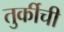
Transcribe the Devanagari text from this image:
तुर्कीची